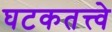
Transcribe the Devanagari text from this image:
घटकतत्त्वे